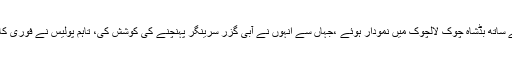
بتایاجاتا ہے کہ حریت (گ) لیڈر نثار حسین راتھر درجنوں عزاداروں کے ساتھ بڈشاہ چوک لالچوک میں نمودار ہوئے ،جہاں سے انہوں نے آبی گزر سرینگر پہنچنے کی کوشش کی، تاہم پولیس نے فوری کارروائی کرتے ہوئے راتھر سمیت درجنوں عزاداروں کو حراست میں لیا۔